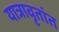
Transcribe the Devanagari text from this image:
यात्रावृतांत